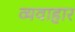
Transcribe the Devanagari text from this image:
व्यवाहार